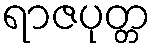
ရာဇပုတ္တ